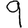
Digit: 9